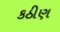
કઠીણ